Indian journal of veterinary science and animal husbandry - Volumes 15-17, 1948-1951
Year: 1948
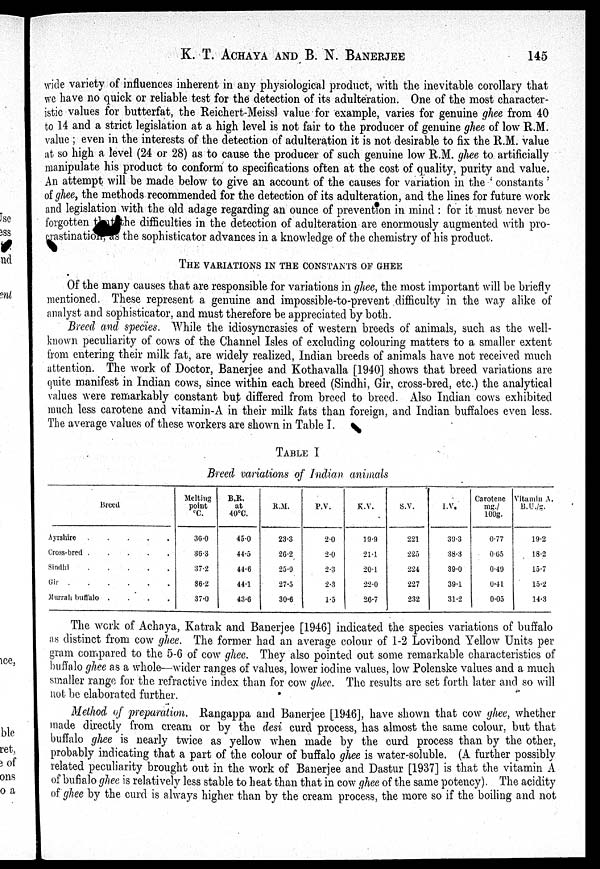
K. T. ACHAYA AND B. N.
BANERJEE
145
wide variety of influences inherent in any physiological product, with the inevitable corollary that
we have no quick or reliable test for the detection of its adulteration. One of the most character-
istic values for butterfat, the Reichert-Meissl value for example, varies for genuine ghee from 40
to 14 and a strict legislation at a high level is not fair to the producer of genuine ghee of low R.M.
value ; even in the interests of the detection of adulteration it is not desirable to fix the R.M. value
at so high a level (24 or 28) as to cause the producer of such genuine low R.M. ghee to artificially
manipulate his product to conform to specifications often at the cost of quality, purity and value.
An attempt will be made below to give an account of the causes for variation in the ' constants '
of ghee, the methods recommended for the detection of its adulteration, and the lines for future work
and legislation with the old adage regarding an ounce of prevention in mind : for it must never be
forgotten that the difficulties in the detection of adulteration are enormously augmented with pro-
crastination, as the sophisticator advances in a knowledge of the chemistry of his product.
THE VARIATIONS IN THE CONSTANTS OF GHEE
Of the many causes that are responsible for variations in ghee, the most important will be briefly
mentioned. These represent a genuine and impossible-to-prevent difficulty in the way alike of
analyst and sophisticator, and must therefore be appreciated by both.
Breed and species. "While the idiosyncrasies of western breeds of animals, such as the well-
known peculiarity of cows of the Channel Isles of excluding colouring matters to a smaller extent
from entering their milk fat, are widely realized, Indian breeds of animals have not received much
attention. The work of Doctor, Banerjee and Kothavalla [1940] shows that breed variations are
quite manifest in Indian cows, since within each breed (Sindhi, Gir, cross-bred, etc.) the analytical
values were remarkably constant but differed from breed to breed. Also Indian cows exhibited
much less carotene and vitamin-A in their milk fats than foreign, and Indian buffaloes even less.
The average values of these workers are shown in Table I.
TABLE I
Breed variations of Indian animals
Breed
Ayrshire . . . . .
Cross-bred
.
.
.
.
.
Sindhi
.
.
.
.
.
Gir
.
.
.
.
.
Murrah buffalo
.
.
.
.
.
Melting
point
º C.
36.0
36.3
37.2
36.2
37.0
B.R.
at
40°C.
45.0
44.5
44.6
44.1
43.6
R.M.
23.3
26.2
25.9
27.5
30.6
P.V.
2.0
2.0
2.3
2.3
1.5
K.V.
19.9
21.1
20.1
22.0
26.7
S.V.
221
225
224
227
232
l.V.
39.3
38.3
39.0
39.1
31.2
Carotene
mg./
100g.
0.77
0.65
0.49
0.41
0.05
Vitamin A.
B.U./g.
19.2
18.2
15.7
15.2
14.3
The work of Achaya, Katrak and Banerjee [1946] indicated the species variations of buffalo
as distinct from cow ghee. The former had an average colour of 1-2 Lovibond Yellow Units per
gram compared to the 5-6 of cow ghee. They also pointed out some remarkable characteristics of
buffalo ghee as a whole—wider ranges of values, lower iodine values, low Polenske values and a much
smaller range for the refractive index than for cow ghee. The results are set forth later and so will
not be elaborated further.
Method of preparation. Rangappa and Banerjee [1946], have shown that cow ghee, whether
made directly from cream or by the desi curd process, has almost the same colour, but that
buffalo ghee is nearly twice as yellow when made by the curd process than by the other,
probably indicating that a part of the colour of buffalo ghee is water-soluble. (A further possibly
related peculiarity brought out in the work of Banerjee and Dastur [1937] is that the vitamin A
of buffalo ghee is relatively less stable to heat than that in cow ghee of the same potency). The acidity
of ghee by the curd is always higher than by the cream process, the more so if the boiling and not